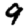
Digit: 9